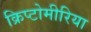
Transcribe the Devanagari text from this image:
क्रिप्टोमीरिया